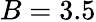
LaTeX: B=3.5